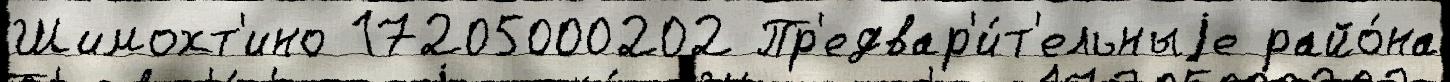
Шимохт'ино 17205000202 Пр'едвар'и́т'ельныjе райо́на